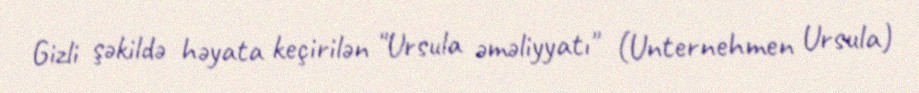
Gizli şəkildə həyata keçirilən "Ursula əməliyyatı" (Unternehmen Ursula)